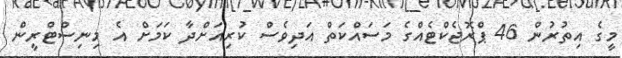
މީގެ އިތުރުން 46 ޕްރޮޖެކްޓެއްގެ މަސައްކަތް އަދިވެސް ކުރިއަށްދާ ކަމަށް އެ މިނިސްޓްރީން